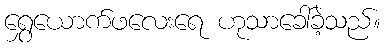
ရွှေယောက်ဖလေးရေ ဟုသာခေါ်ခဲ့သည်။